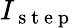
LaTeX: I_{\mathrm{~s~t~e~p~}}